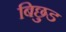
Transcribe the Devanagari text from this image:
बिछुड